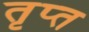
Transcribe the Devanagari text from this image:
तृप्‍त